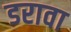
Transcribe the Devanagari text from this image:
डरावा